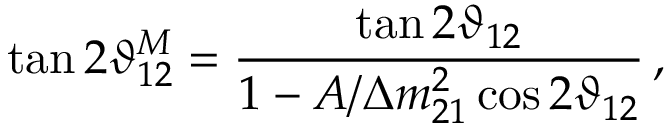
\tan 2 \vartheta _ { 1 2 } ^ { M } = \frac { \tan 2 \vartheta _ { 1 2 } } { 1 - A / \Delta { m } _ { 2 1 } ^ { 2 } \cos { 2 \vartheta _ { 1 2 } } } \, ,